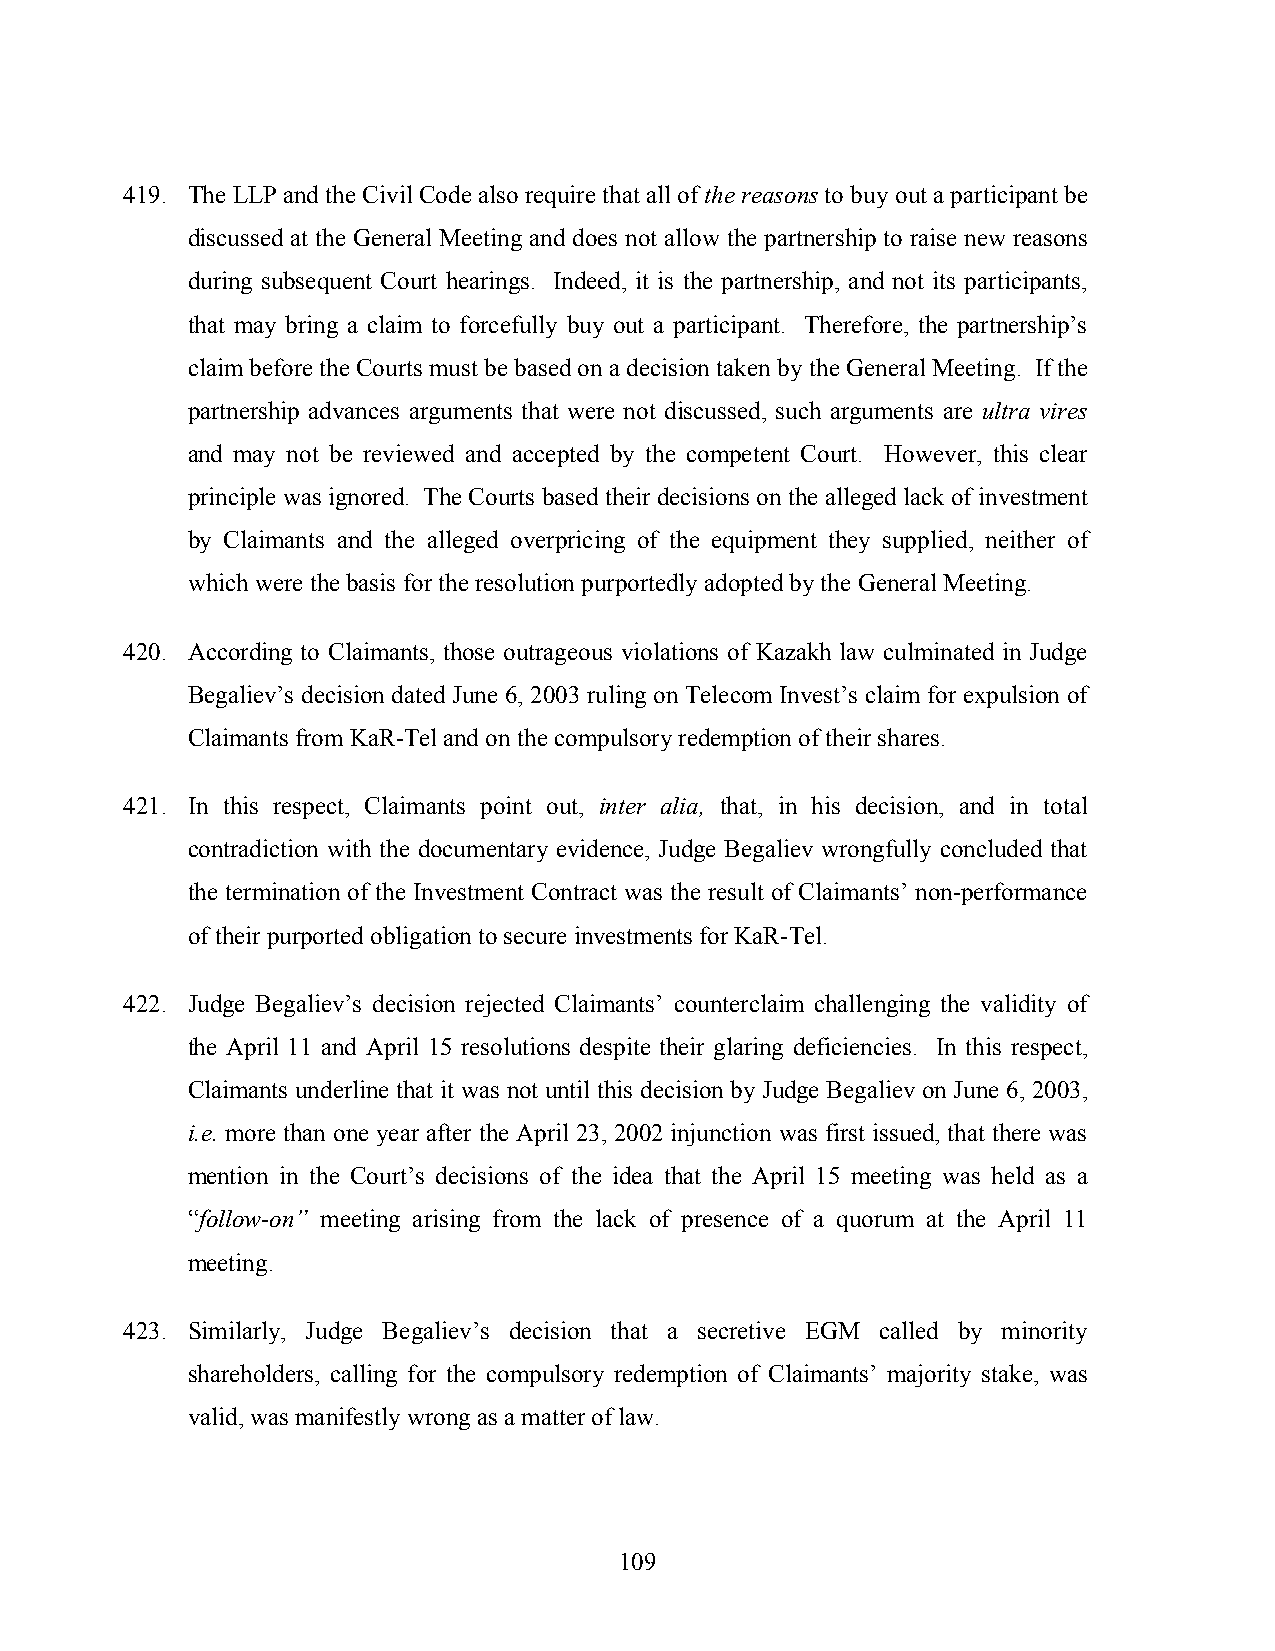
419. The LLP and the Civil Code also require that all of the reasons to buy out a participant be
 discussed at the General Meeting and does not allow the partnership to raise new reasons
 during subsequent Court hearings. Indeed, it is the partnership, and not its participants,
 that may bring a claim to forcefully buy out a participant. Therefore, the partnership’s
 claim before the Courts must be based on a decision taken by the General Meeting. If the
 partnership advances arguments that were not discussed, such arguments are ultra vires
 and may not be reviewed and accepted by the competent Court. However, this clear
 principle was ignored. The Courts based their decisions on the alleged lack of investment
 by Claimants and the alleged overpricing of the equipment they supplied, neither of
 which were the basis for the resolution purportedly adopted by the General Meeting.
 420. According to Claimants, those outrageous violations of Kazakh law culminated in Judge
 Begaliev’s decision dated June 6, 2003 ruling on Telecom Invest’s claim for expulsion of
 Claimants from KaR-Tel and on the compulsory redemption of their shares.
 421. In this respect, Claimants point out, inter alia, that, in his decision, and in total
 contradiction with the documentary evidence, Judge Begaliev wrongfully concluded that
 the termination of the Investment Contract was the result of Claimants’ non-performance
 of their purported obligation to secure investments for KaR-Tel.
 422. Judge Begaliev’s decision rejected Claimants’ counterclaim challenging the validity of
 the April 11 and April 15 resolutions despite their glaring deficiencies. In this respect,
 Claimants underline that it was not until this decision by Judge Begaliev on June 6, 2003,
 i.e. more than one year after the April 23, 2002 injunction was first issued, that there was
 mention in the Court’s decisions of the idea that the April 15 meeting was held as a
 “follow-on” meeting arising from the lack of presence of a quorum at the April 11
 meeting.
 423. Similarly, Judge Begaliev’s decision that a secretive EGM called by minority
 shareholders, calling for the compulsory redemption of Claimants’ majority stake, was
 valid, was manifestly wrong as a matter of law.
 109